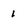
Character: 1